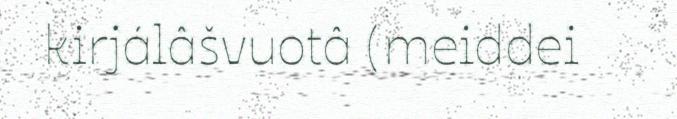
kirjálâšvuotâ (meiddei